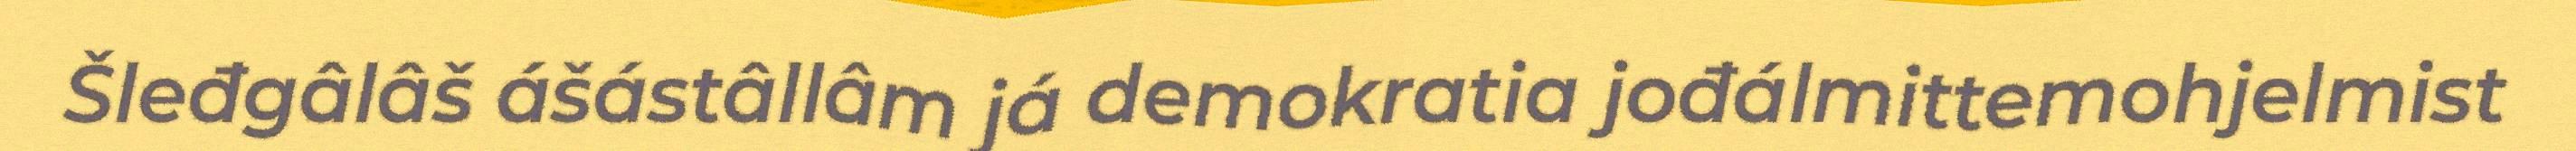
Šleđgâlâš ášástâllâm já demokratia jođálmittemohjelmist